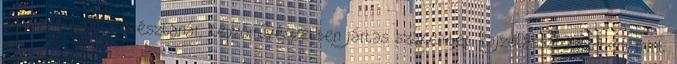
egy-két pesti művésztanár, képzőművészetben jártas szakember. Rajzolással kezdtem, mint